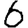
Digit: 6